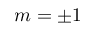
m = \pm 1